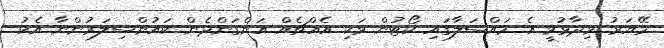
މޭޔަރު ވިދާޅުވީ އެ މައްސަލާގައި ކޯޓުން ވަކި އެއްޗެއް އަންގަންދެން ކައުންސިލަރުންނާ އެކު